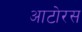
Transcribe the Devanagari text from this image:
आटोरस